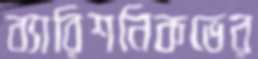
ব্যারিশনিকভের